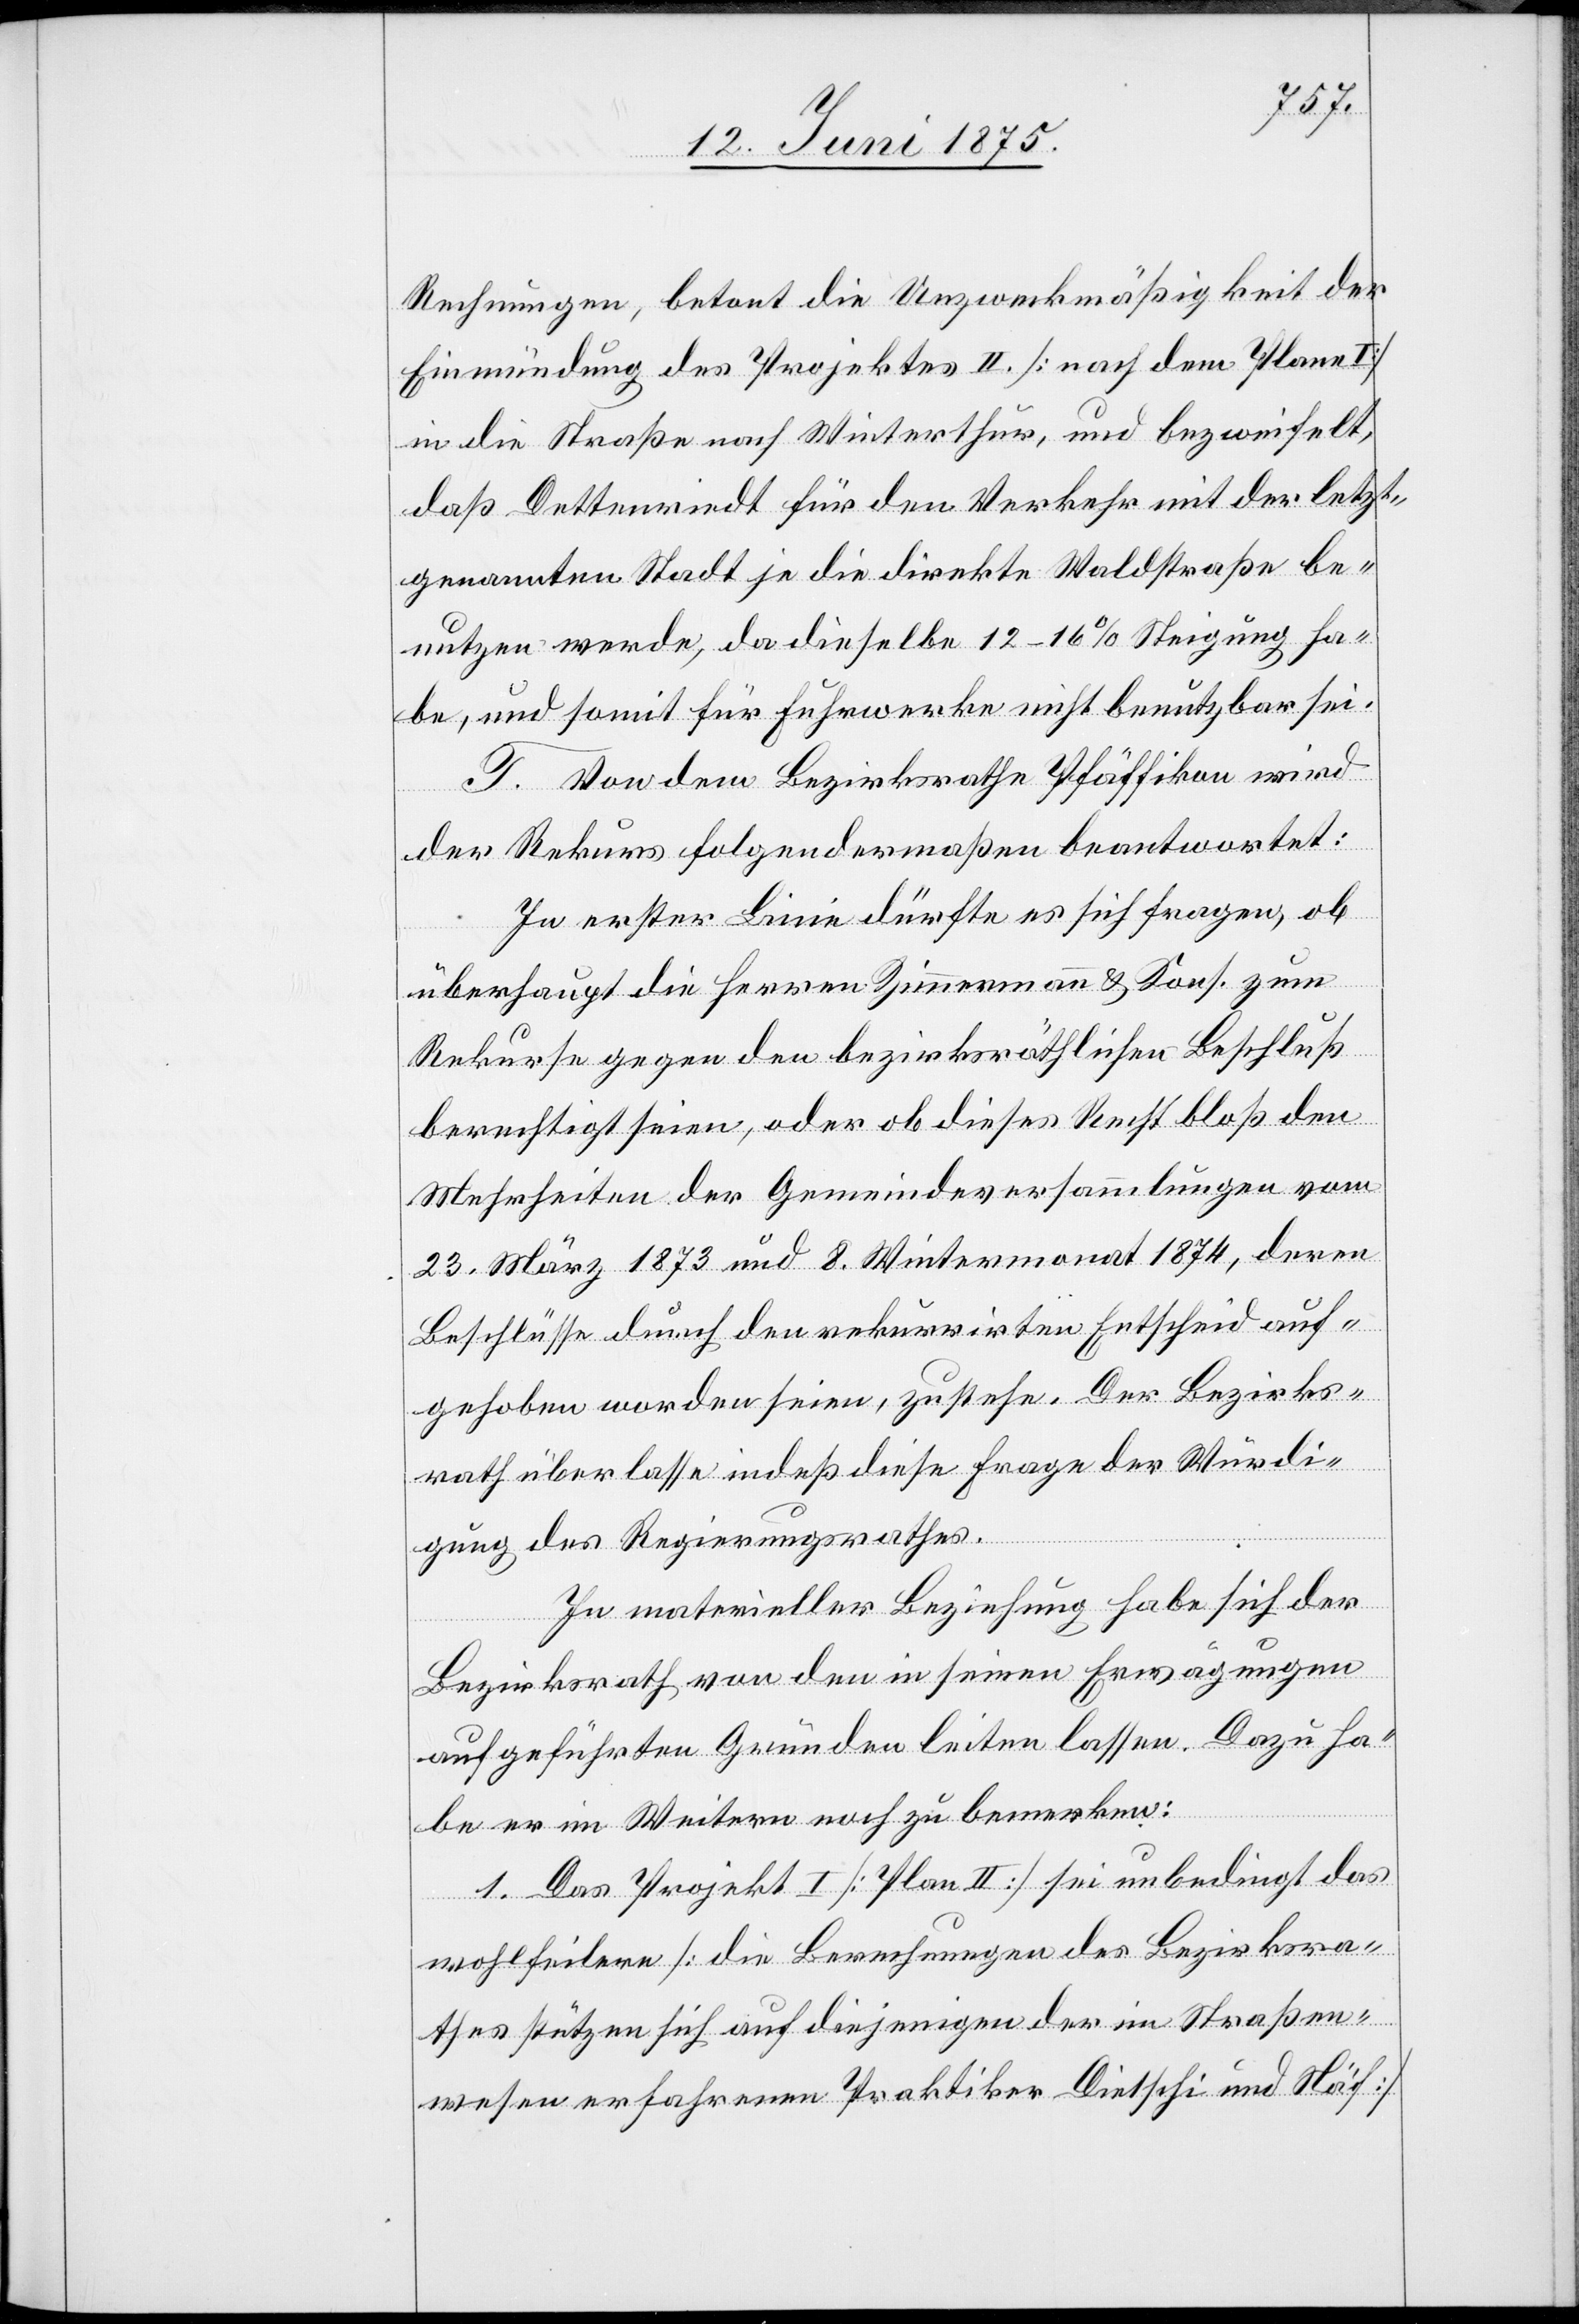
Rechnungen, betont die Unzweckmäßigkeit der
Einmündung des Projektes II. [nach dem Plane
in die Straße nach Winterthur, und bezweifelt,
daß Dettenriedt für den Verkehr mit der letzt¬
genannten Stadt je die direkte Waldstraße be¬
nutzen werde, da dieselbe 12–16% Steigung ha¬
be, und somit für Fuhrwerke nicht benützbar sei.
T. Von dem Bezirksrathe Pfäffikon wird
der Rekurs folgendermaßen beantwortet:
In erster Linie dürfte es sich fragen, ob
überhaupt die Herren Zimmermann & Kons. zum
Rekurse gegen den bezirksräthlichen Beschluß
berechtigt seien, oder ob dieses Recht bloß den
Mehrheiten der Gemeindeversammlungen vom
23. März 1873 und 8. Wintermonat 1874, deren
Beschlüsse durch den rekurrirten Entscheid auf¬
gehoben worden seien, zustehe. Der Bezirks¬
rath überlasse indeß diese Frage der Würdi¬
gung des Regierungsrathes.
In materieller Beziehung habe sich der
Bezirksrath von den in seinen Erwägungen
aufgeführten Gründen leiten lassen. Dazu ha¬
be er im Weitern noch zu bemerken:
1. Das Projekt 1 [Plan II] sei unbedingt das
wohlfeilere [die Berechnungen des Bezirksra¬
thes stützen sich auf diejenigen der im Straßen¬
wesen erfahrenen Praktiker Dietschi und Näf]